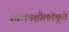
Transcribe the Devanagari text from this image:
स्खलनशीलतेमुळे